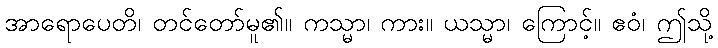
အာရောပေတိ၊ တင်တော်မူ၏။ ကသ္မာ၊ ကား။ ယသ္မာ၊ ကြောင့်။ ဧဝံ၊ ဤသို့